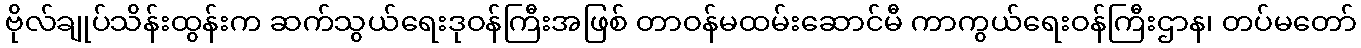
ဗိုလ်ချုပ်သိန်းထွန်းက ဆက်သွယ်ရေးဒုဝန်ကြီးအဖြစ် တာဝန်မထမ်းဆောင်မီ ကာကွယ်ရေးဝန်ကြီးဌာန၊ တပ်မတော်